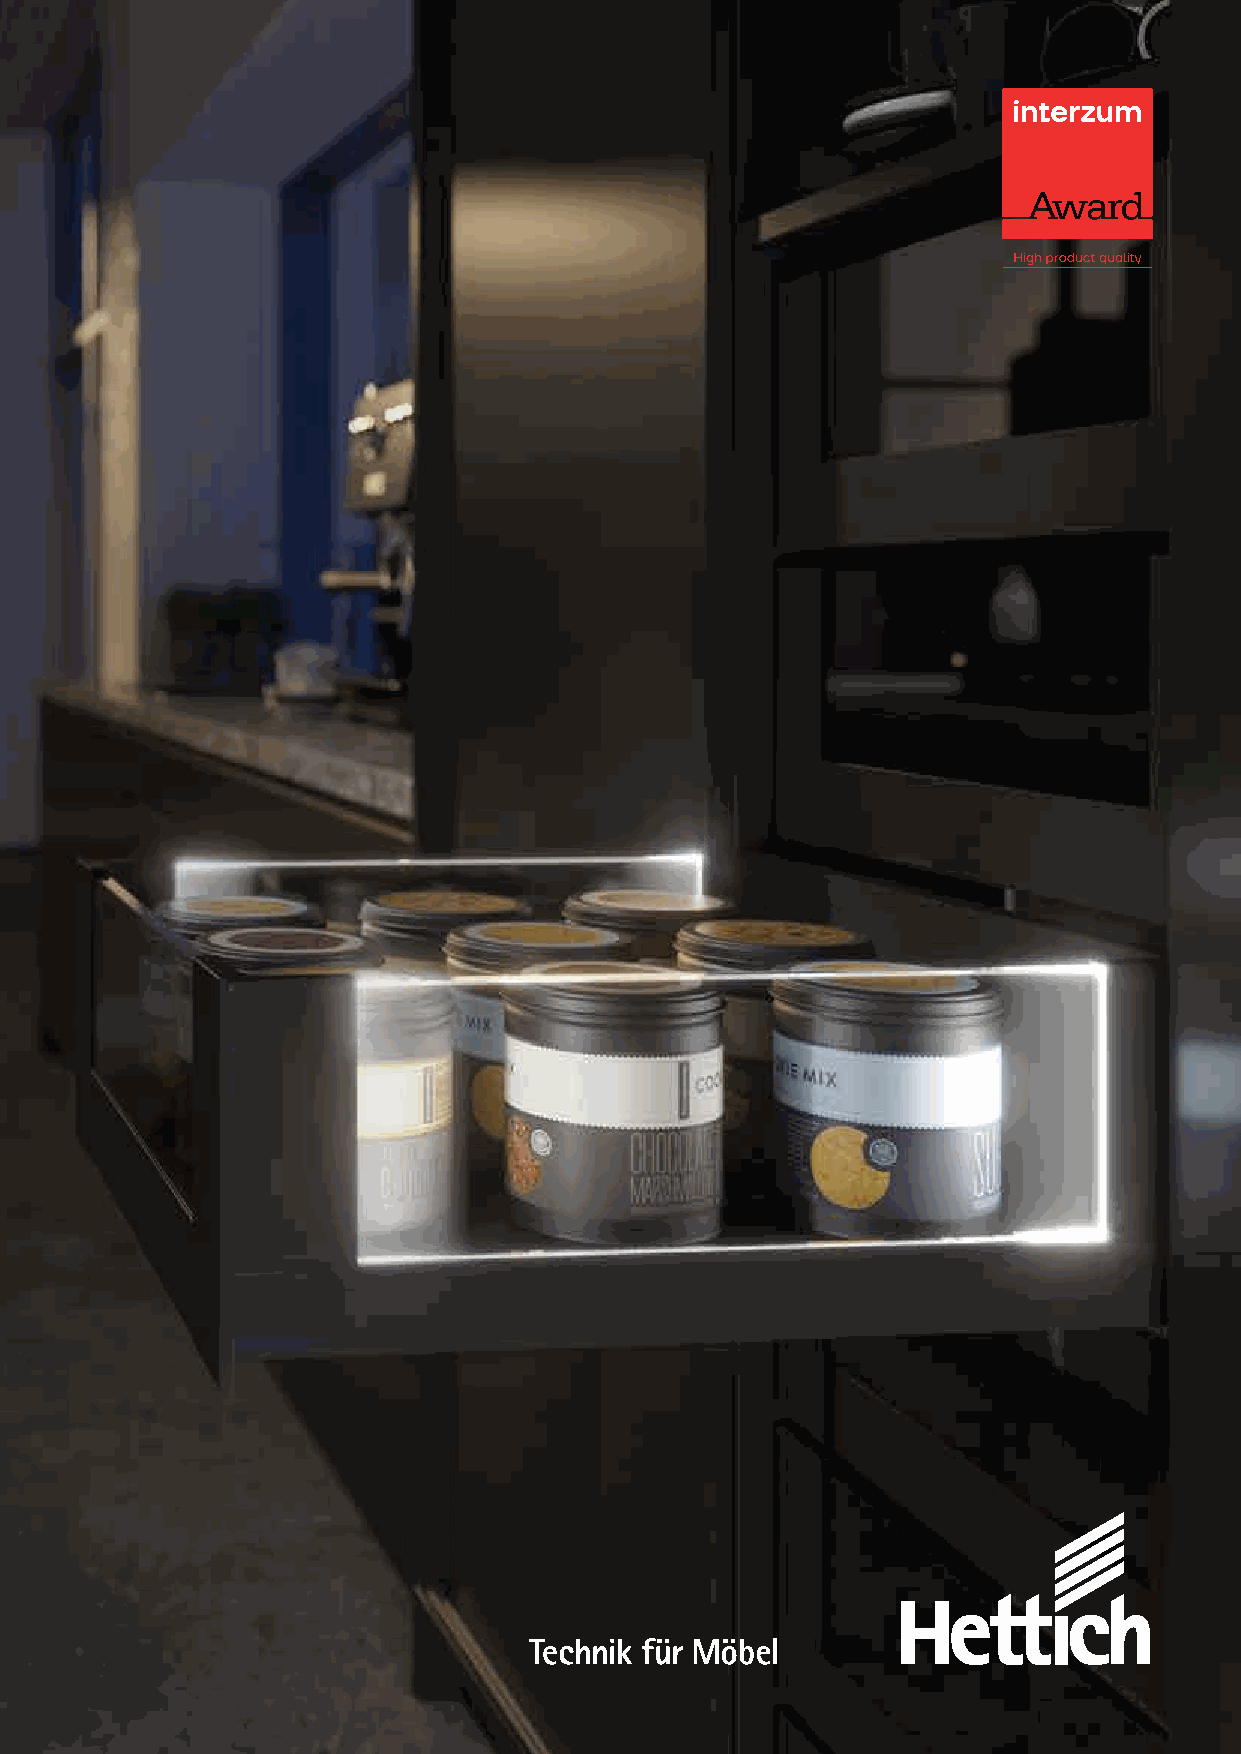
Introducing the
 NEW Signature Lighting Range
 Hettich’s versatile AvanTech YOU drawer system featuring a new design
 element the integrated Signature Lighting has won the 2021 Interzum Award
 for outstanding design merit. The latest new lighting feature for the
 AvanTech YOU drawer system will be available soon, offering even more
 options for individualisation.
 Signature Lighting Range - Coming Soon
 As individual as you: AvanTech YOU Follow us on @hettichaustralia